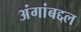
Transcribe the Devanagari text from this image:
अंगांबद्दल